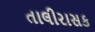
તાલીરાસક